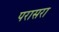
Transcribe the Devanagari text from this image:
परासरा